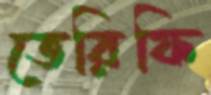
তেরিফি